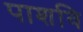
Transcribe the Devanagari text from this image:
पाशवि